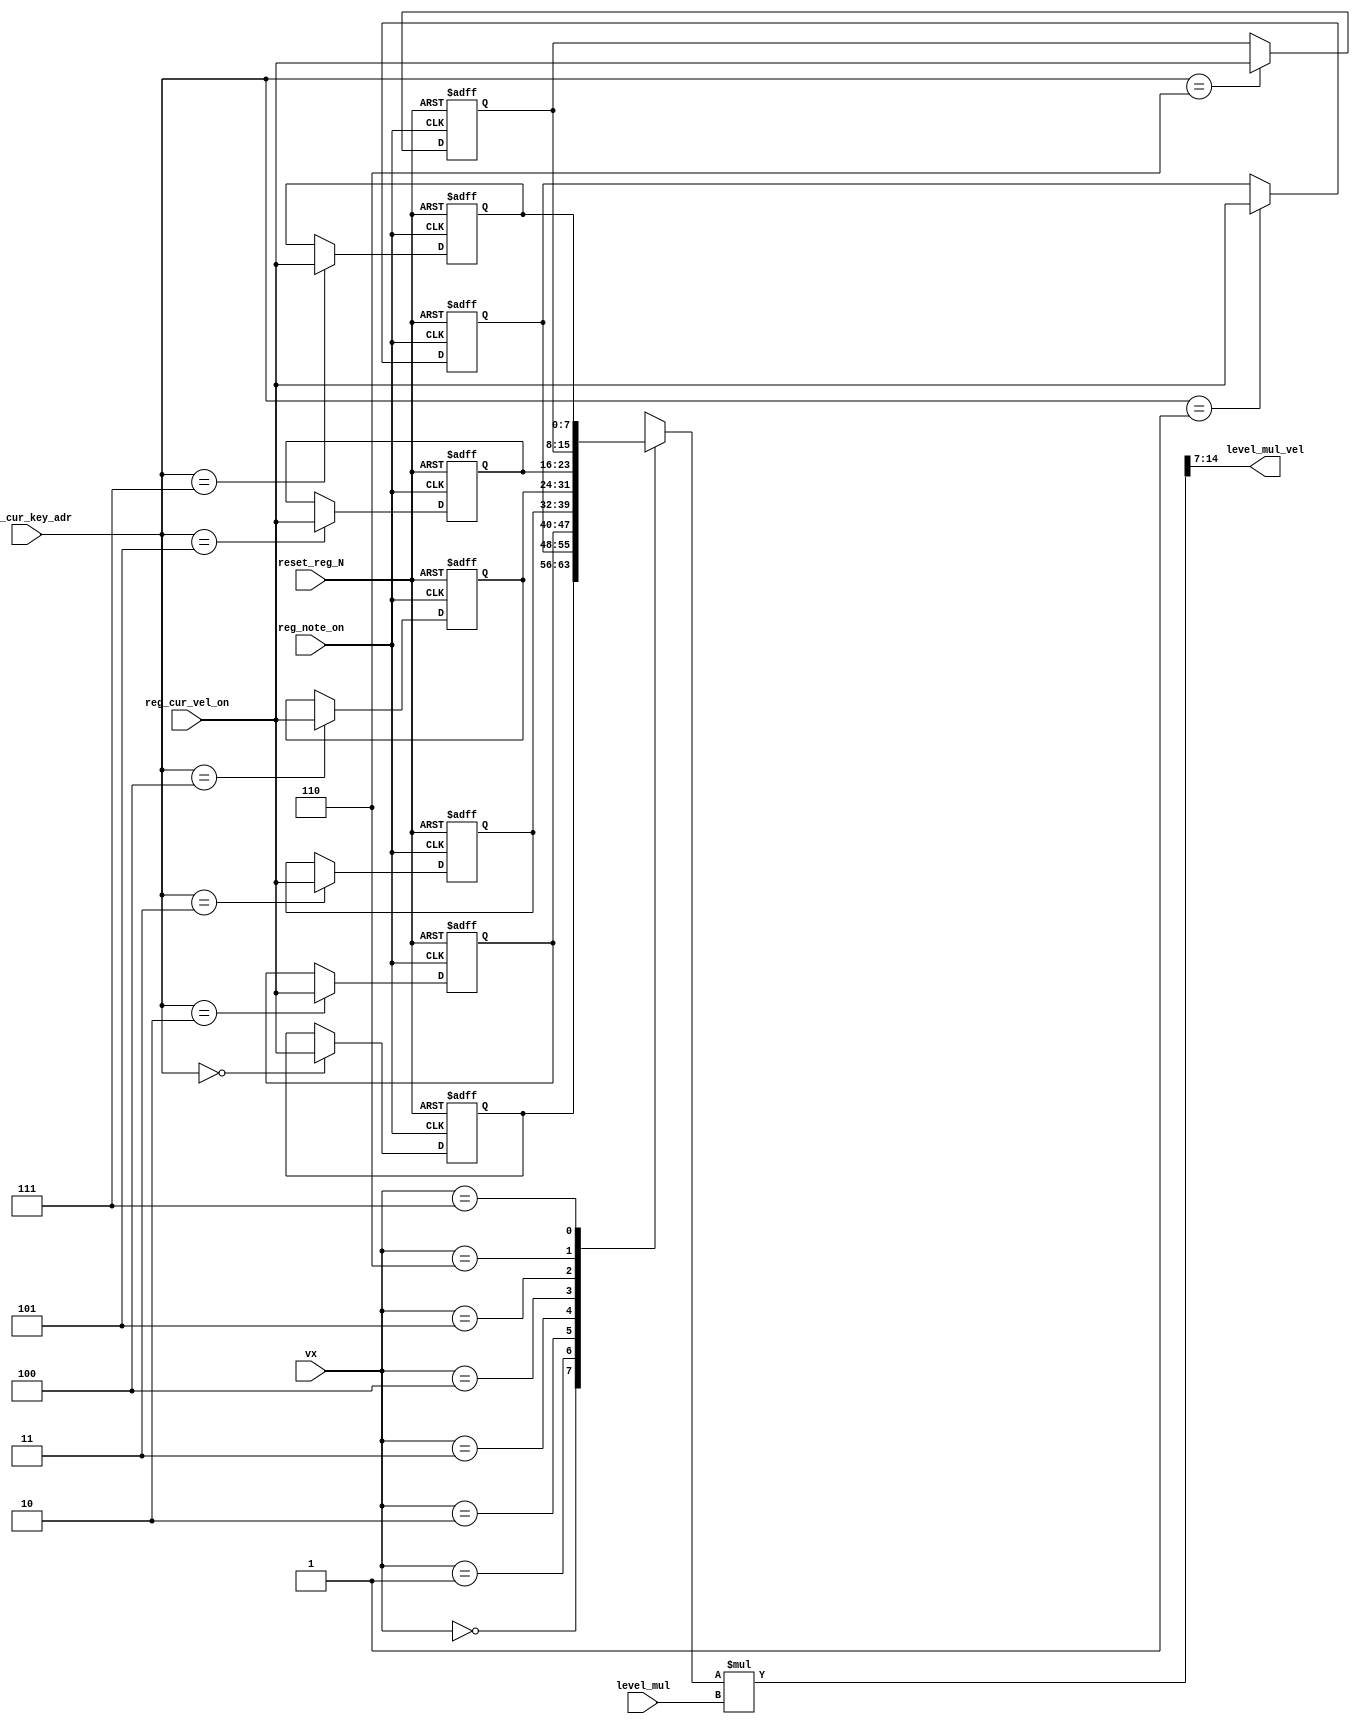
module velocity (
input 					reset_reg_N,
input [V_WIDTH-1:0]	vx,
input 					reg_note_on,
input [7:0]				reg_cur_vel_on,
input [V_WIDTH-1:0]	reg_cur_key_adr,
input [7:0]				level_mul,
output [7:0]			level_mul_vel
);
parameter VOICES	= 8;
parameter V_WIDTH	= 3;

	reg  [7:0]r_cur_vel_on[VOICES-1:0];
	wire [14:0]  level_mul_vel_w;        // ObjectKind=Net|PrimaryId=level_mul

	integer kloop;

    always @(negedge reset_reg_N or posedge reg_note_on)begin
        if(!reset_reg_N)begin
            for (kloop=0;kloop<VOICES;kloop=kloop+1)begin
                r_cur_vel_on[kloop] <= 8'hff;
            end
        end
        else
            r_cur_vel_on[reg_cur_key_adr] <= reg_cur_vel_on;
    end

assign level_mul_vel_w = r_cur_vel_on[vx] * level_mul;
assign level_mul_vel = level_mul_vel_w[14:7] ;


endmodule